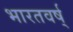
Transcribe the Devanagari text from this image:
भारतवर्ष्